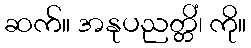
ဆက်။ အနုပညတ္တိံ၊ ကို။